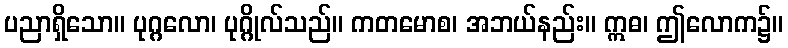
ပညာရှိသော။ ပုဂ္ဂလော၊ ပုဂ္ဂိုလ်သည်။ ကတမောစ၊ အဘယ်နည်း။ ဣဓ၊ ဤလောက၌။